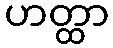
ဟတ္ထာ